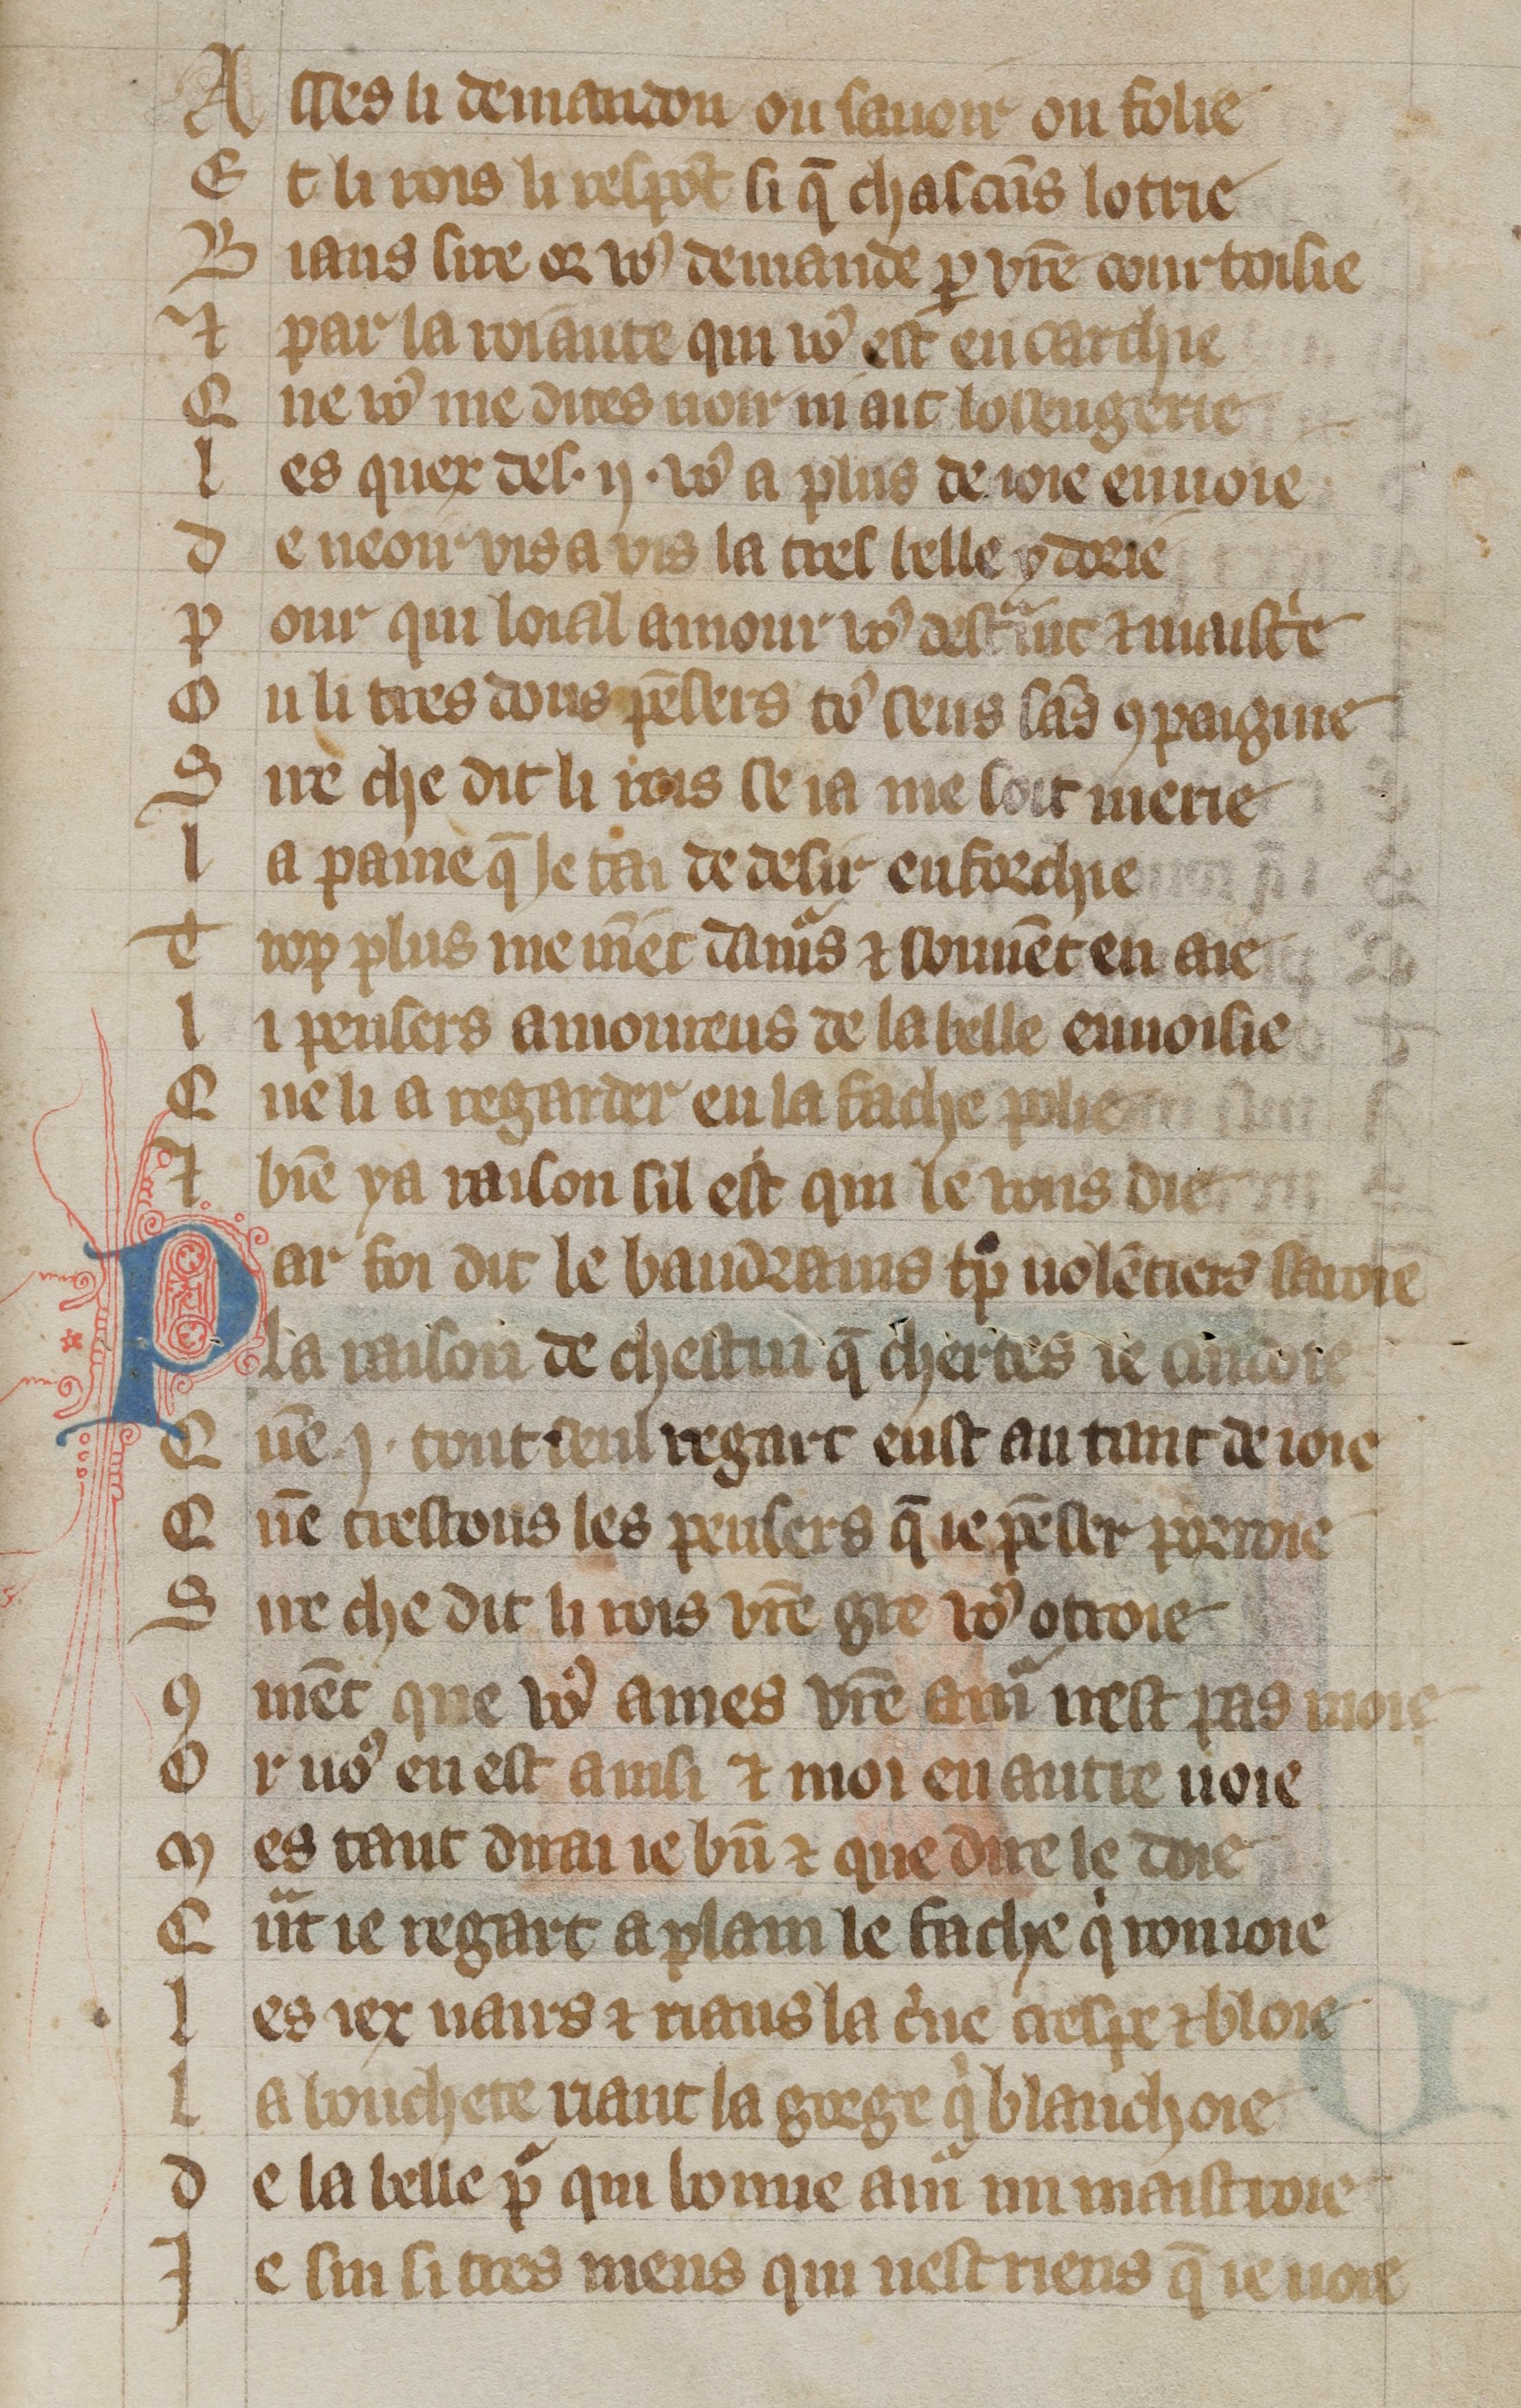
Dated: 1300–1330